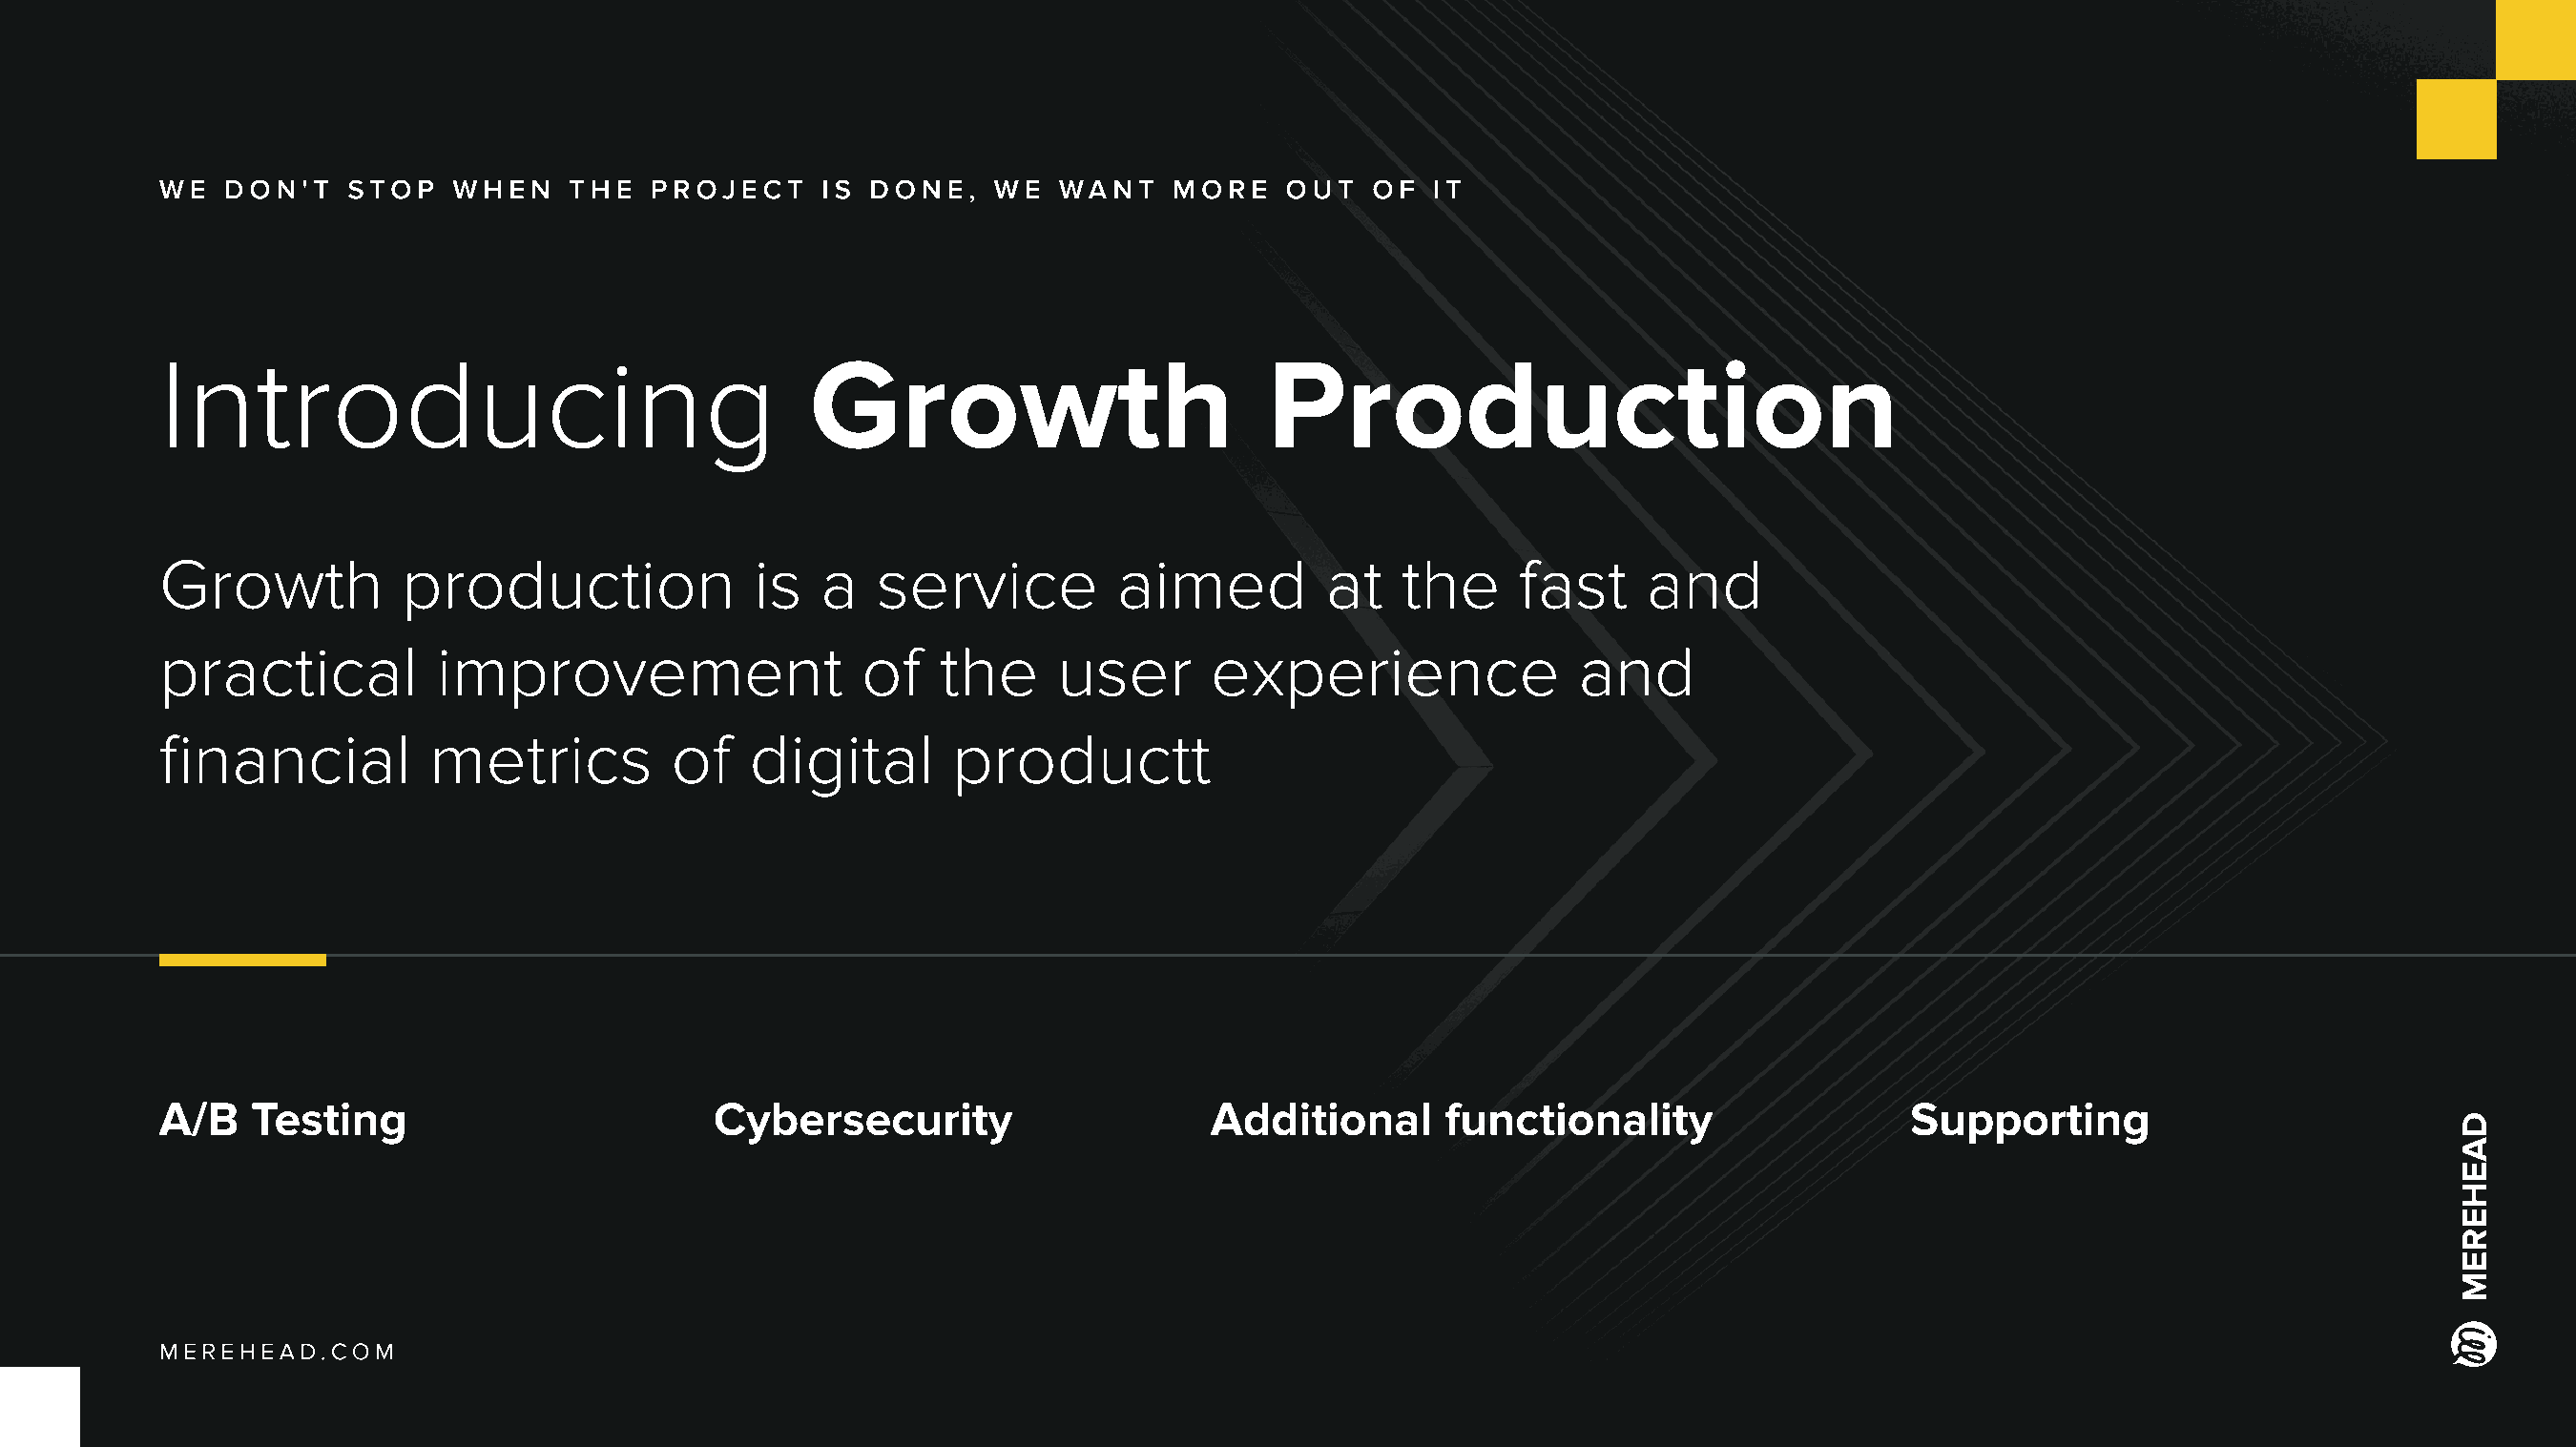
We   don't   stop   when    the   project     is done,    we  want    more    out   of  it
 Introducing                                  Growth                          Production
 Growth           production              is   a   service         aimed          at   the     fast     and
 practical          improvement                   of   the     user       experience               and
 financial          metrics          of   digital       productt
 A/B   Testing                          Cybersecurity                     Additional      functionality                    Supporting
 Merehead.com